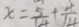
x = \frac { 5 } { 1 4 } + \frac { 4 } { 1 4 }